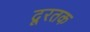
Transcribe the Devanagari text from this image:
दूरतक